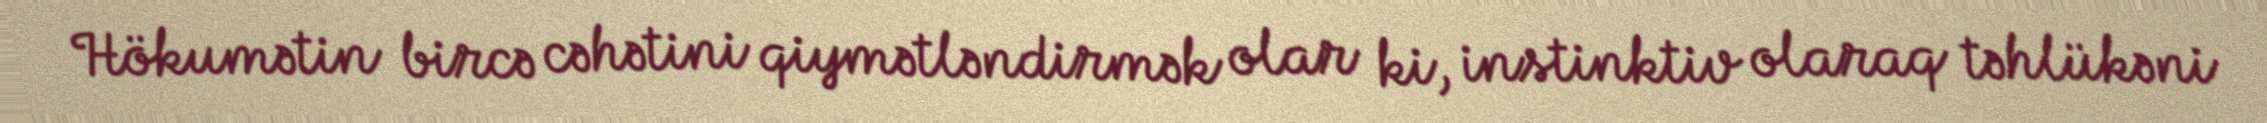
Hökumətin bircə cəhətini qiymətləndirmək olar ki, instinktiv olaraq təhlükəni